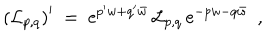
\left( { \cal L } _ { p , q } \right) ^ { \prime } \ = \ \mathrm { e } ^ { p ^ { \prime } w + q ^ { \prime } \bar { w } } \, { \cal L } _ { p , q } \, \mathrm { e } ^ { - p w - q \bar { w } } \ \ ,